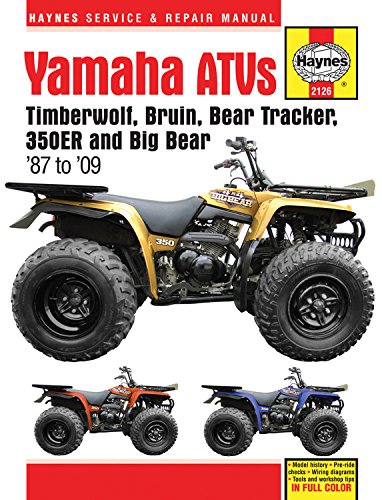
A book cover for Yamaha ATVs Timberwolf, Bruin, Bear Tracker, 350ER and Big Bear 1987 - 2009 (Haynes Service & Repair Manual); Editors of Haynes Manuals; Engineering & Transportation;